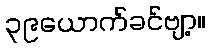
၃၉ယောက်ခင်ဗျာ့။